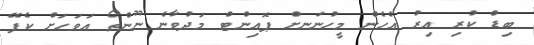
ބިޑް ކުރި އިރު އެހެން މީހުނަނށް ޕޮއިންޓް މަދުވާނެ ނޫންތޯ އަވަހަށް ކެފޭ